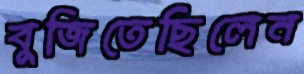
বুজিতেছিলেন